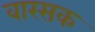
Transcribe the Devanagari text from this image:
वारसक